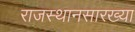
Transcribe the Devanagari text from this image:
राजस्थानसारख्या